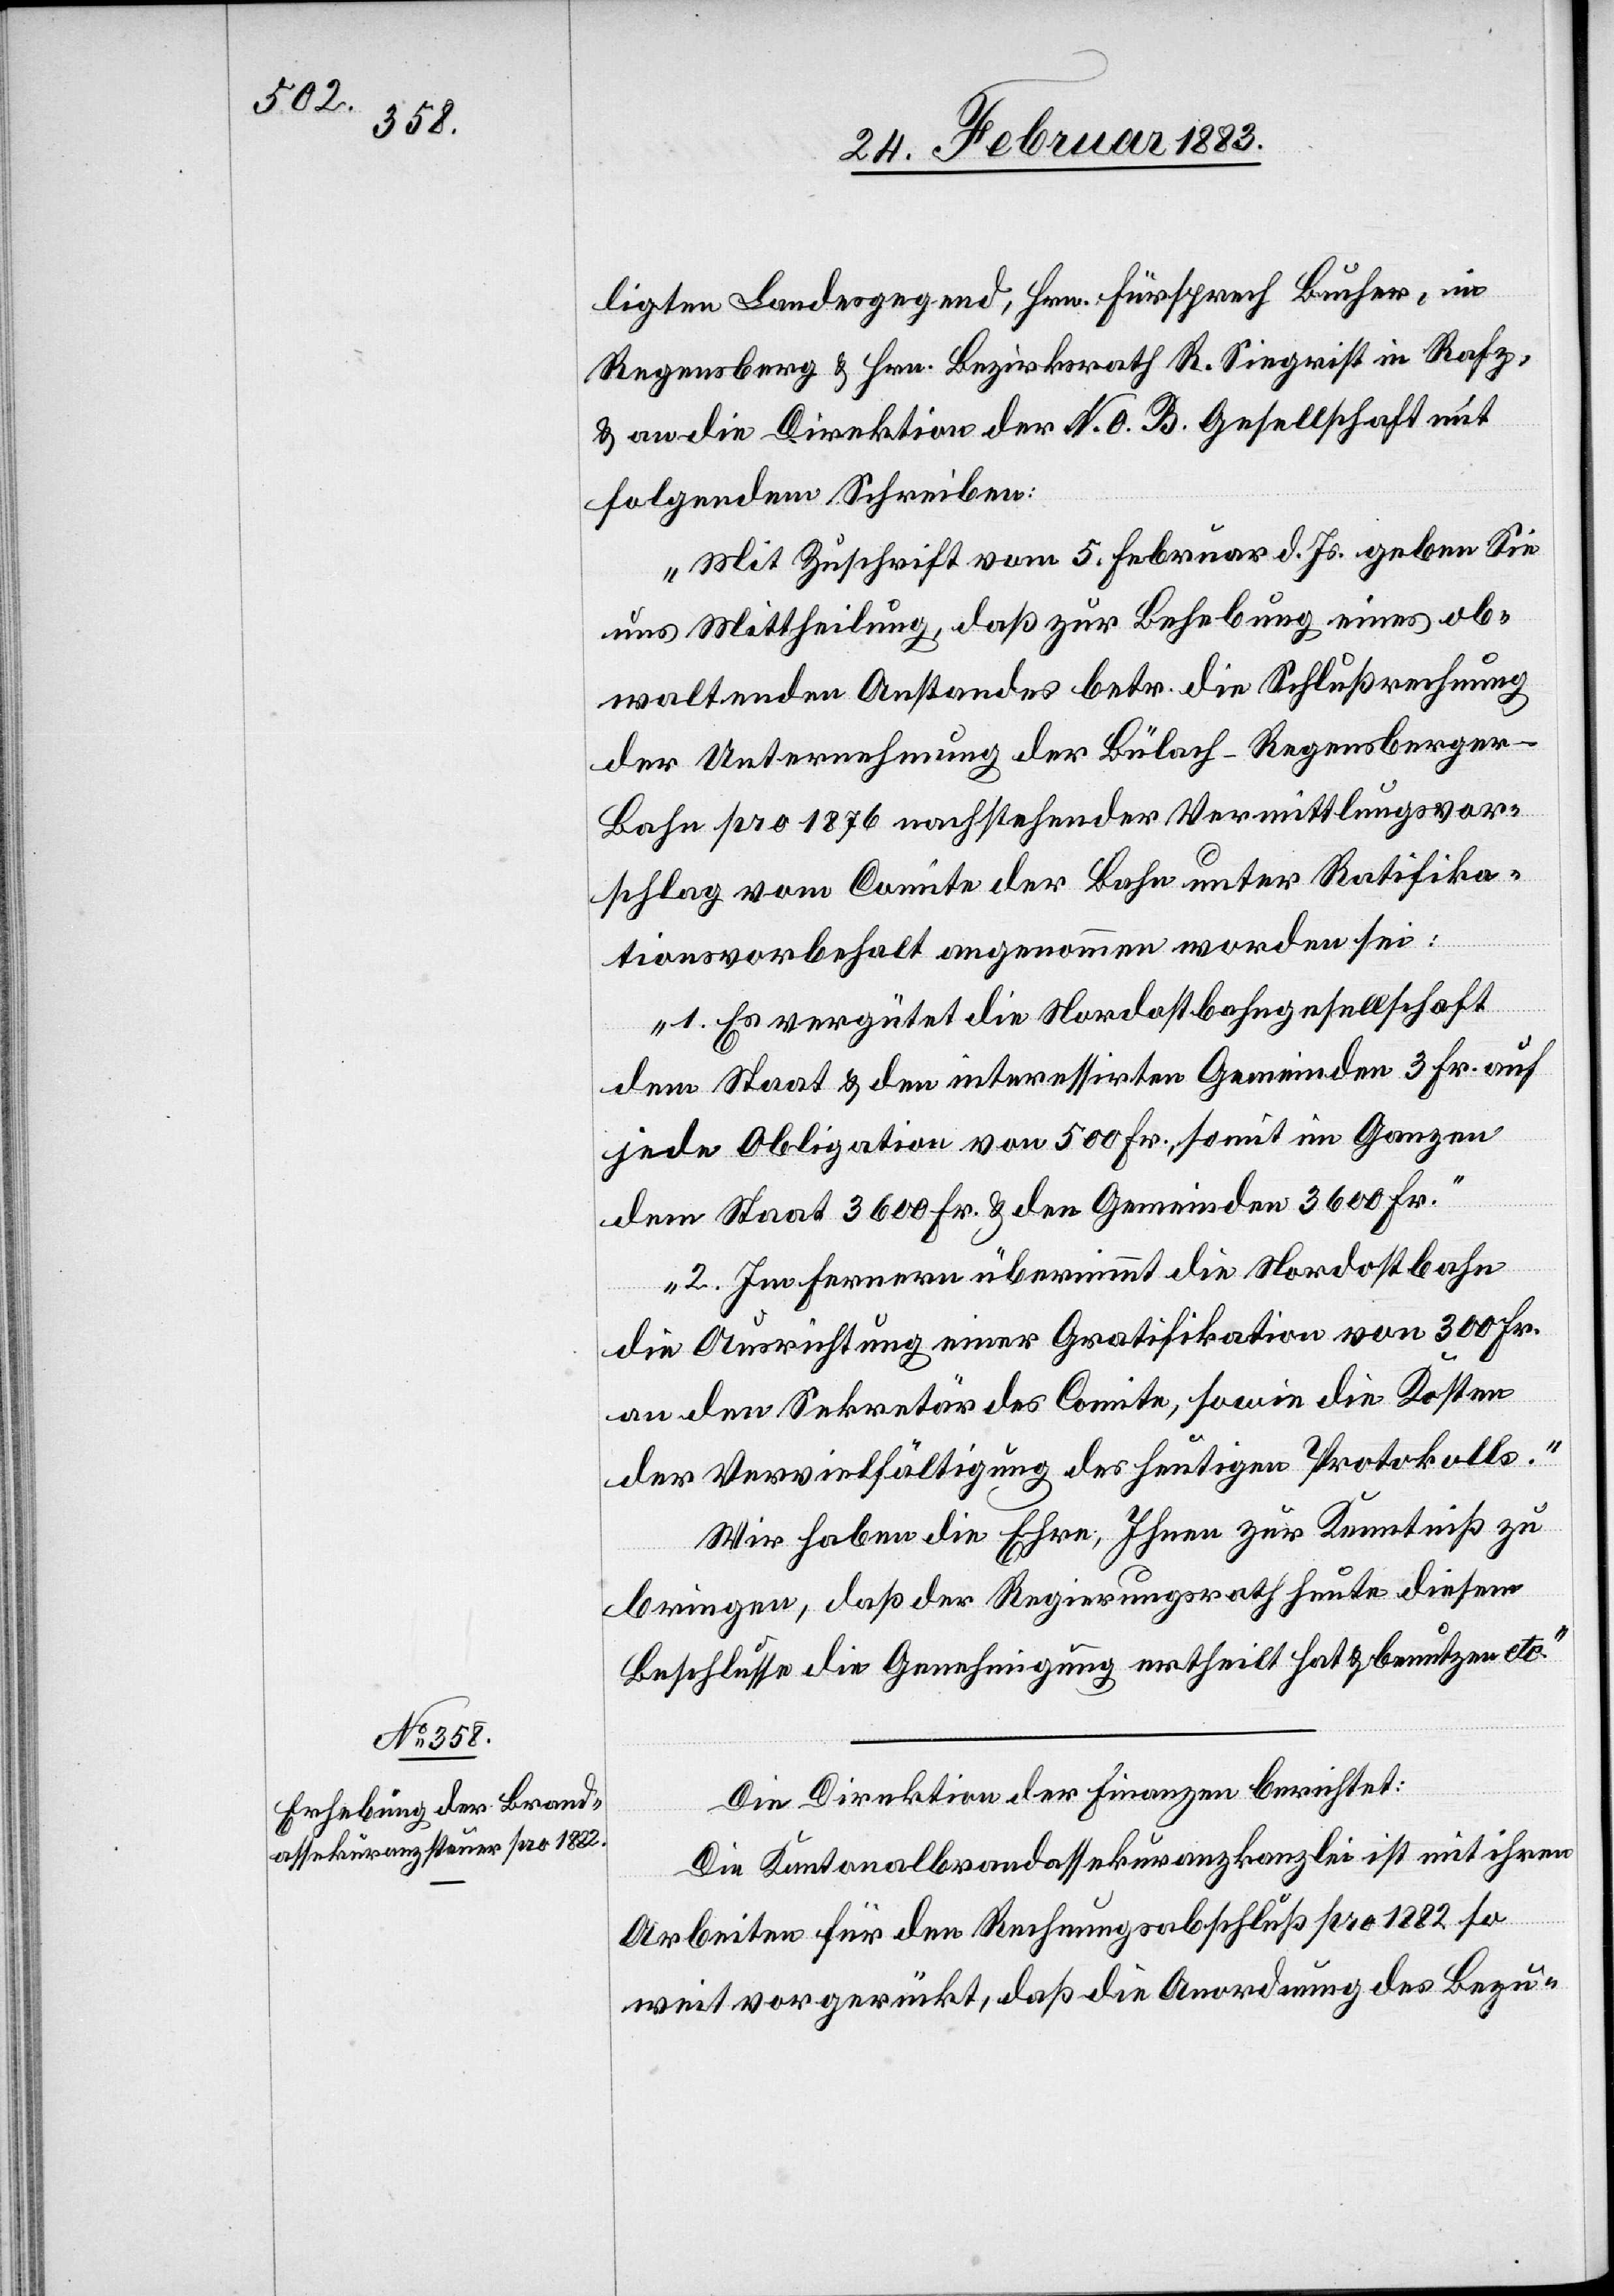
ligten Landesgegend, Hrn. Fürsprech Bucher, in
Regensberg & Hrn. Bezirksrath R. Siegrist in Raf¬
z, an die Direktion der N. O. B. Gesellschaft mit
folgendem Schreiben:
„Mit Zuschrift vom 5. Februar d. Js. geben Sie
uns Mittheilung, daß zur Behebung eines ob¬
waltenden Anstandes betr. die Schlußrechnung
der Unternehmung der Bülach–Regensberger-B¬
ahn pro 1876 nachstehender Vermittlungsvor¬
schlag vom Comite der Bahn unter Ratifika¬
tionsvorbehalt angenommen worden sei:
1. Es vergütet die Nordostbahngesellschaft
dem Staat & den interessirten Gemeinden 3 Fr. auf
jede Obligation von 500 Fr., somit im Ganzen
dem Staat Staat 3600 Fr. & den Gemeinden 3600 Fr.
2. Im Fernern übernimmt die Nordostbahn
die Ausrichtung einer Gratifikation von 300 Fr.
an den Sekretär des Comite, sowie die Kosten
der Vervielfältigung des heutigen Protokolls.
Wir haben die Ehre, Ihnen zur Kenntniß zu
bringen, daß der Regierungsrath heute diesem
Beschlusse die Genehmigung ertheilt hat & benutzen etc.“
Die Direktion der Finanzen berichtet:
Die Kantonalbrandassekuranzkanzlei ist mit ihren
Arbeiten für den Rechnungsabschluß pro 1882 so
weit vorgerückt, daß die Anordnung des Bezu-